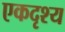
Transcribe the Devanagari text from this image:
एकदृश्य